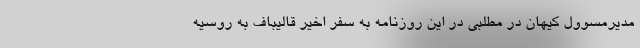
مدیرمسوول کیهان در مطلبی در این روزنامه به سفر اخیر قالیباف به روسیه